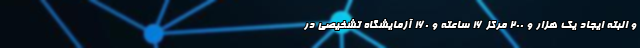
و البته ایجاد یک هزار و ۲۰۰ مرکز ۱۶ ساعته و ۱۶۰ آزمایشگاه تشخیصی در